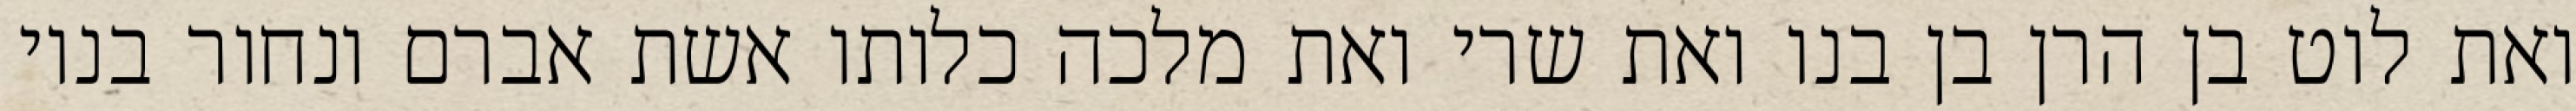
ואת לוט בן הרן בן בנו ואת שרי ואת מלכה כלותו אשת אברם ונחור בניו